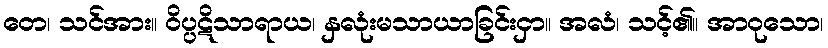
တေ၊ သင်အား။ ဝိပ္ပဋိသာရာယ၊ နှလုံးမသာယာခြင်းငှာ။ အလံ၊ သင့်၏။ အာဝုသော၊